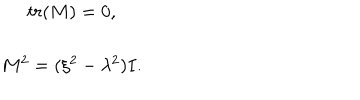
LaTeX: \begin{array} { c } { { t r ( M ) = 0 , } } \\ { { M ^ { 2 } = ( \xi ^ { 2 } - \lambda ^ { 2 } ) I . } } \\ \end{array}